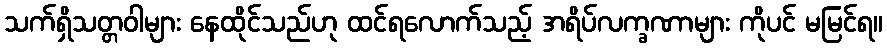
သက်ရှိသတ္တဝါများ နေထိုင်သည်ဟု ထင်ရလောက်သည့် အရိပ်လက္ခဏာများ ကိုပင် မမြင်ရ။